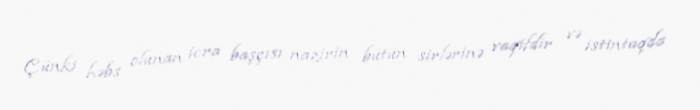
Çünki həbs olunan icra başçısı nazirin bütün sirlərinə vaqifdir və istintaqda